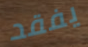
يفقد